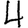
Digit: 4